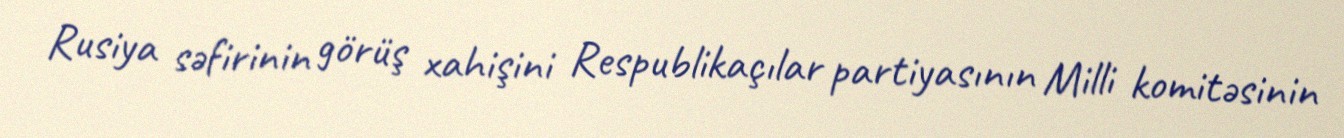
Rusiya səfirinin görüş xahişini Respublikaçılar partiyasının Milli komitəsinin